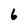
Character: 6